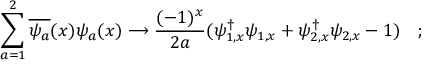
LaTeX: \sum _ { a = 1 } ^ { 2 } \overline { { { \psi _ { a } } } } ( x ) \psi _ { a } ( x ) \longrightarrow \frac { ( - 1 ) ^ { x } } { 2 a } ( \psi _ { 1 , x } ^ { \dagger } \psi _ { 1 , x } + \psi _ { 2 , x } ^ { \dagger } \psi _ { 2 , x } - 1 ) \quad ;